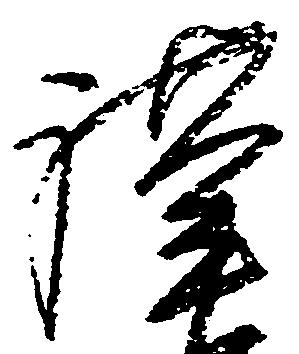
謹